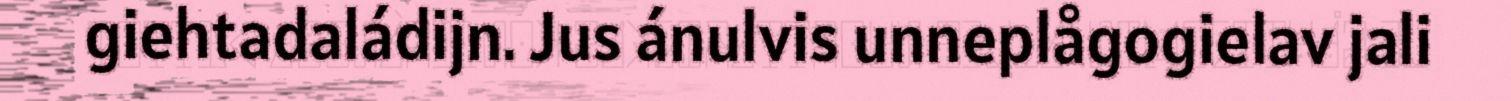
giehtadaládijn. Jus ánulvis unneplågogielav jali